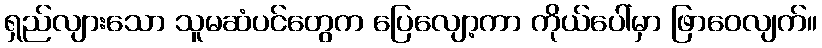
ရှည်လျားသော သူမဆံပင်တွေက ပြေလျော့ကာ ကိုယ်ပေါ်မှာ ဖြာဝေလျက်။